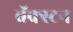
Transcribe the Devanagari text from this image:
ब्रॅक्स्टन